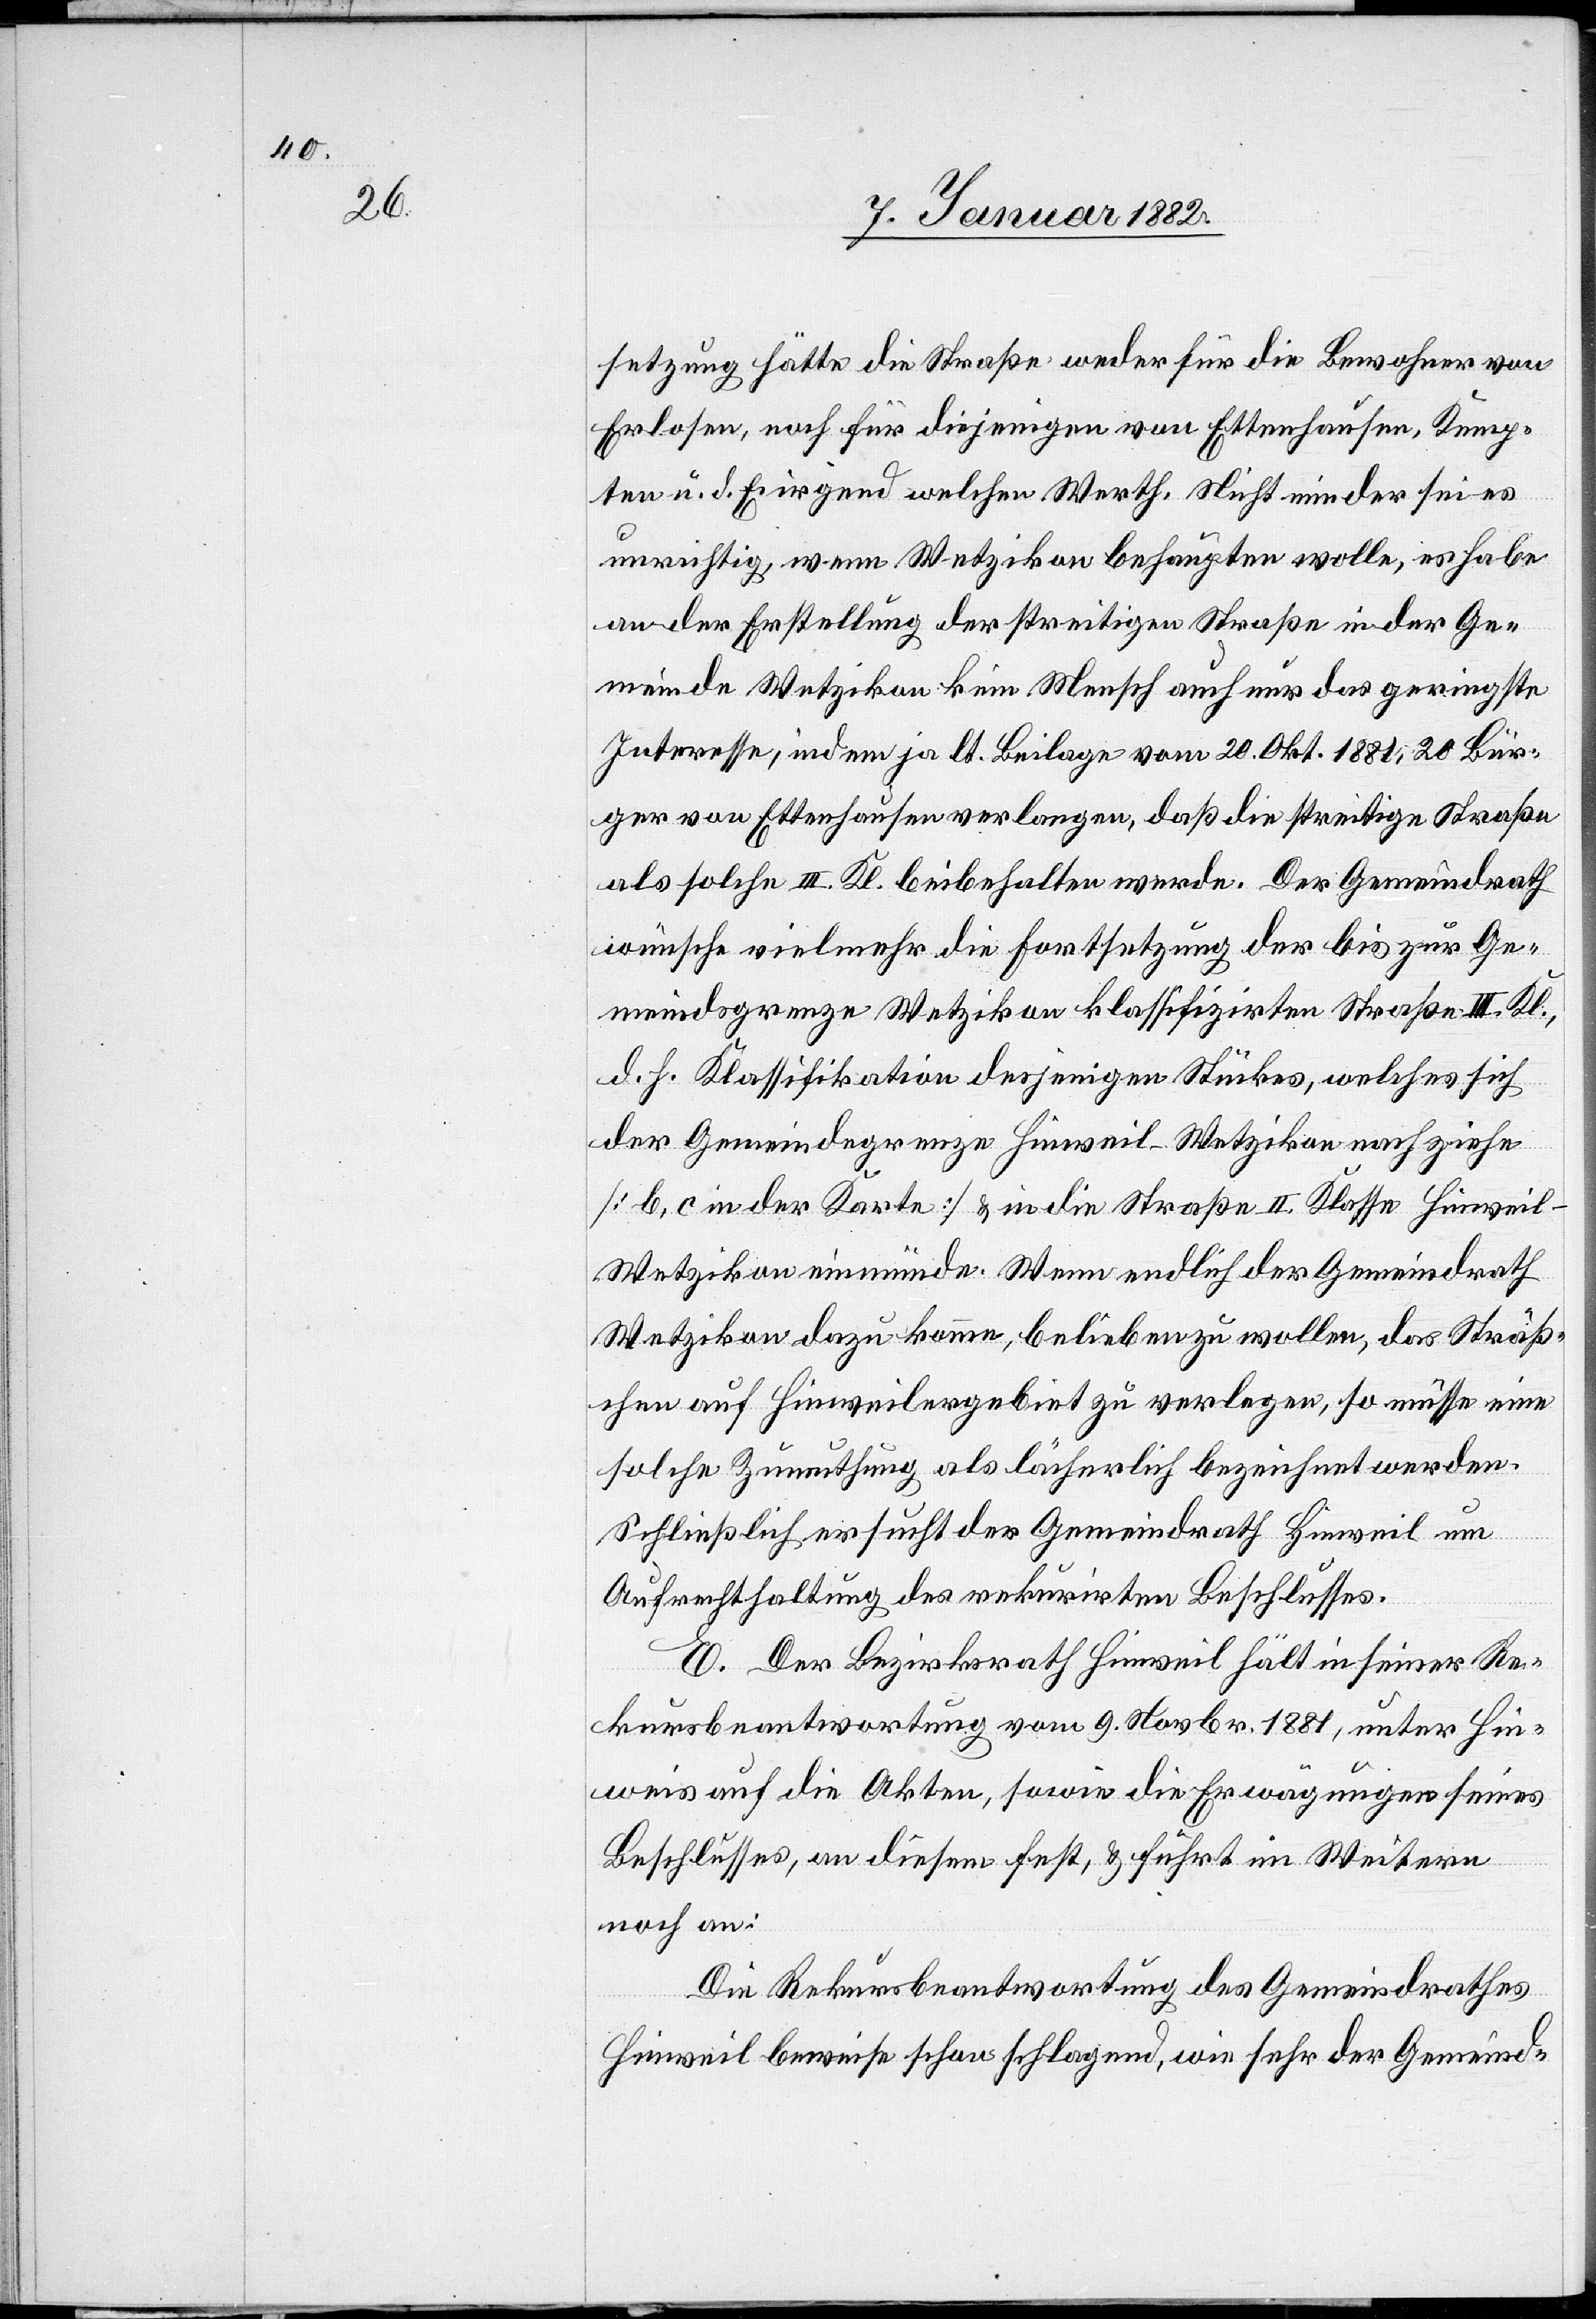
setzung hätte die Straße weder für die Bewohner von
Erlosen, noch für diejenigen von Ettenhausen, Kemp¬
ten u. d. E. irgend welchen Werth. Nicht minder sei es
unrichtig, wenn Wetzikon behaupten wolle, es habe
an der Erstellung der streitigen Straße in der Ge¬
meinde Wetzikon kein Mensch auch nur das geringste
Interesse, indem ja lt. Beilage vom 20. Okt. 1881, 20 Bür¬
ger von Ettenhausen verlangen, daß die streitige Straße
als solche III. Kl. beibehalten werde. Der Gemeindrath
wünsche vielmehr die Fortsetzung der bis zur Ge¬
meindsgrenze Wetzikon klassifizierten Straße III. Kl.,
d. h. Klassifikation desjenigen Stückes, welches sich
der Gemeindegrenze Hinweil–Wetzikon nachziehe
[b, c in der Karte] & in die Straße II. Klasse Hinweil–W¬
etzikon einmünde. Wenn endlich der Gemeindrath
Wetzikon dazu komme, belieben zu wollen, das Sträß¬
chen auf Hinweilergebiet zu verlegen, so müsse eine
solche Zumuthung als lächerlich bezeichnet werden.
Schließlich ersucht der Gemeindrath Hinweil um
Aufrechthaltung des rekurirten Beschlusses.
E. Der Bezirksrath Hinweil hält in seiner Re¬
kursbeantwortung vom 9. Novbr. 1881, unter Hin¬
weis auf die Akten, sowie die Erwägungen seines
Beschlusses, an diesem fest, & führt im Weiteren
noch an:
Die Rekursbeantwortung des Gemeindrathes
Hinweil beweise schon schlagend, wie sehr der Gemeind-